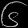
Digit: ၆